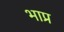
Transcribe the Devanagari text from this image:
भाप्र